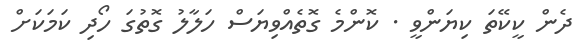
ދެން ކީކޭތަ ކިޔަންވީ . ކޮންމެ ގޮތެއްވިޔަސް ހަލާލު ގޮތުގަ ހޯދި ކަމަކަށް